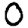
Digit: 0